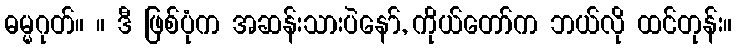
ဓမ္မဂုတ်။ ။ ဒီ ဖြစ်ပုံက အဆန်းသားပဲနော်, ကိုယ်တော်က ဘယ်လို ထင်တုန်း။